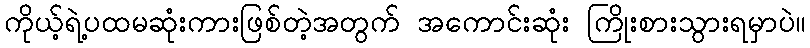
ကိုယ့်ရဲ့ပထမဆုံးကားဖြစ်တဲ့အတွက် အကောင်းဆုံး ကြိုးစားသွားရမှာပဲ။